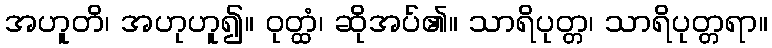
အဟူတိ၊ အဟုဟူ၍။ ဝုတ္ထံ၊ ဆိုအပ်၏။ သာရိပုတ္တ၊ သာရိပုတ္တရာ။